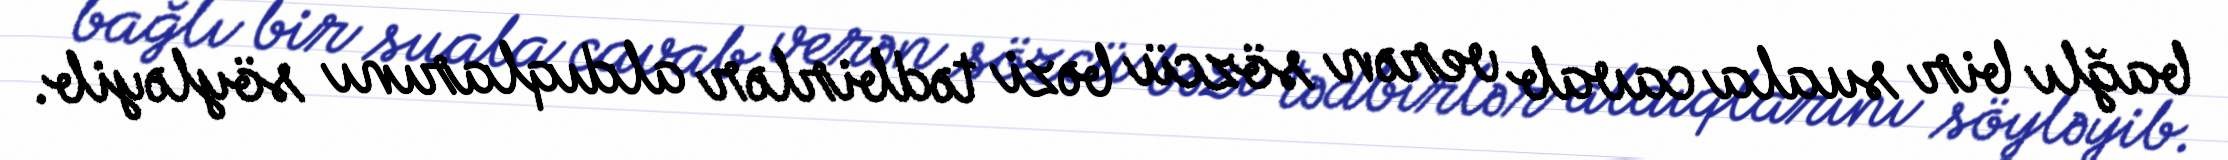
bağlı bir suala cavab verən sözcü bəzi tədbirlər aldıqlarını söyləyib.